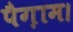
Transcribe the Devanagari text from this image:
पैग़ाम।